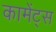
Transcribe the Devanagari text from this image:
कामेंट्स